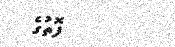
ފޮތުގެ